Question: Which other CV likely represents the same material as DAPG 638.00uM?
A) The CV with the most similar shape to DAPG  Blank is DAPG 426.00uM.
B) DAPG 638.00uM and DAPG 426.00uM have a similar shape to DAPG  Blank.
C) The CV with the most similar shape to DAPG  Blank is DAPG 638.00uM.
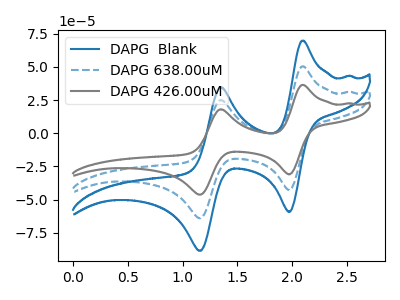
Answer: <think>The blue curve "DAPG  Blank" has anodic peaks at (2.10V, 69.80uA) (1.35V, 34.70uA) and cathodic peaks at (2.00V, -59.20uA) (1.15V, -88.50uA). The blue dashed curve "DAPG 638.00uM" has anodic peaks at (2.10V, 50.45uA) (1.35V, 25.05uA) and cathodic peaks at (2.00V, -42.80uA) (1.15V, -63.95uA). The gray curve "DAPG 426.00uM" has anodic peaks at (2.10V, 100.90uA) (1.35V, 50.15uA) and cathodic peaks at (2.00V, -85.55uA) (1.15V, -127.90uA).
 All the peaks in "DAPG  Blank" have a peak in "DAPG 638.00uM" at the same potential. Every peak in "DAPG  Blank" is higher than every peak in "DAPG 638.00uM". All the peaks in "DAPG  Blank" have a peak in "DAPG 426.00uM" at the same potential. Every peak in "DAPG  Blank" is lower than every peak in "DAPG 426.00uM". All the peaks in "DAPG 638.00uM" have a peak in "DAPG 426.00uM" at the same potential. Every peak in "DAPG 638.00uM" is lower than every peak in "DAPG 426.00uM".</think>
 <answer>B) "DAPG 638.00uM" and "DAPG 426.00uM" have a similar shape to "DAPG  Blank".</answer>
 <eval>B</eval>